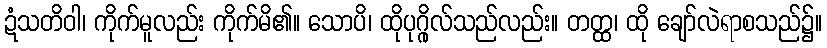
ဍံသတိဝါ၊ ကိုက်မူလည်း ကိုက်မိ၏။ သောပိ၊ ထိုပုဂ္ဂိုလ်သည်လည်း။ တတ္ထ၊ ထို ချော်လဲရာစသည်၌။